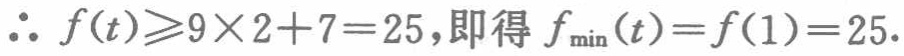
\(\therefore f(t)\geqslant9\times 2 + 7 = 25,\text{即得}f_{\min}(t)=f(1)=25.\)